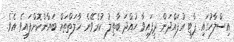
އިސްލާހުގައި ޕާޓީ އުފައްދަން ދީފައިވާ ހުއްދަ ބާތިލު ކުރެވޭނެ ހާލަތްތައް ބަޔާންކޮށްފައިވެ އެވެ.